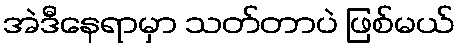
အဲဒီနေရာမှာ သတ်တာပဲ ဖြစ်မယ်